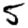
Digit: 5